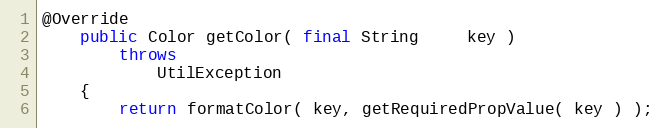
Language: Java
@Override
    public Color getColor( final String     key )
        throws
            UtilException
    {
        return formatColor( key, getRequiredPropValue( key ) );